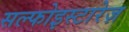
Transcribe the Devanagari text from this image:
सल्फोइस्टारेज़